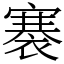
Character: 褰